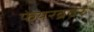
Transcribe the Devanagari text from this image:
फेयरब्रदर